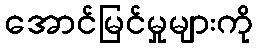
အောင်မြင်မှုများကို